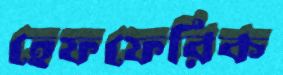
হেফফেরিক